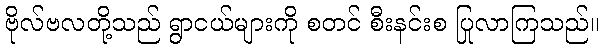
ဗိုလ်ဗလတို့သည် ရွာငယ်များကို စတင် စီးနင်းစ ပြုလာကြသည်။